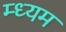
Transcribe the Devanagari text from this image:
म्ध्यम